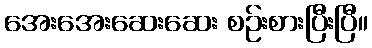
အေးအေးဆေးဆေး စဉ်းစားပြီးပြီ။